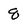
Character: 8